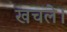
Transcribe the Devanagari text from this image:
खचले।